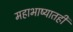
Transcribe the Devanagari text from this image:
महाभाष्यातही